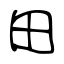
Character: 田